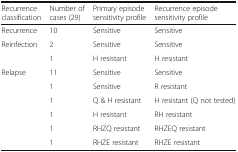
<table><thead><tr><td><b>Recurrence classification</b></td><td><b>Number of cases (29)</b></td><td><b>Primary episode sensitivity profile</b></td><td><b>Recurrence episode sensitivity profile</b></td></tr></thead><tbody><tr><td>Recurrence</td><td>10</td><td>Sensitive</td><td>Sensitive</td></tr><tr><td rowspan="2">Reinfection</td><td>2</td><td>Sensitive</td><td>Sensitive</td></tr><tr><td>1</td><td>H resistant</td><td>H resistant</td></tr><tr><td rowspan="6">Relapse</td><td>11</td><td>Sensitive</td><td>Sensitive</td></tr><tr><td>1</td><td>Sensitive</td><td>R resistant</td></tr><tr><td>1</td><td>Q &amp; H resistant</td><td>H resistant (Q not tested)</td></tr><tr><td>1</td><td>H resistant</td><td>RH resistant</td></tr><tr><td>1</td><td>RHZQ resistant</td><td>RHZEQ resistant</td></tr><tr><td>1</td><td>RHZE resistant</td><td>RHZE resistant</td></tr></tbody></table>